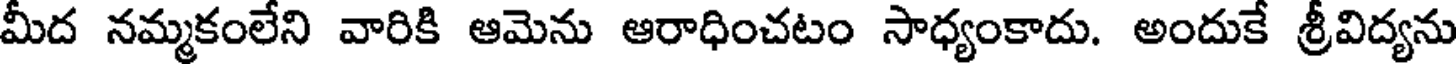
మీద నమ్మకంలేని వారికి ఆమెను ఆరాధించటం సాధ్యంకాదు. అందుకే శ్రీవిద్యను